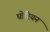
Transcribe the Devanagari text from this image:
घोरियन